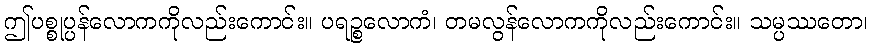
ဤပစ္စုပ္ပန်လောကကိုလည်းကောင်း။ ပရဉ္စလောကံ၊ တမလွန်လောကကိုလည်းကောင်း။ သမ္ပဿတော၊